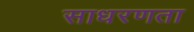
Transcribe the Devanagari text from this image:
साधरणता